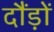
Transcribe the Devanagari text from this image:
दौंड़ों